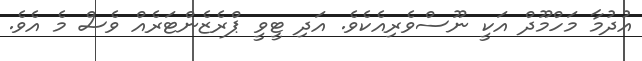
އުދުމާ މަހްމޫދް އަކީ ނޫސްވެރިއެކެވެ. އަދި ޓީވީ ޕްރެޒެންޓަރެއް ވެސް މެ އެވެ.